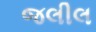
જલીલ